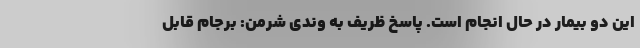
این دو بیمار در حال انجام است. پاسخ ظریف به وندی شرمن: برجام قابل